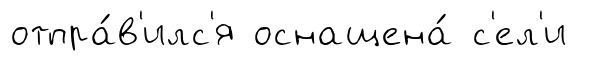
отпра́в'илс'я оснащена́ с'ел'и